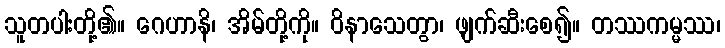
သူတပါးတို့၏။ ဂေဟာနိ၊ အိမ်တို့ကို။ ဝိနာသေတွာ၊ ဖျက်ဆီးစေ၍။ တဿကမ္မဿ၊